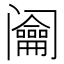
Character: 𨸎